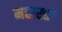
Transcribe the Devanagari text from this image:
महारत्ता